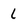
Character: l